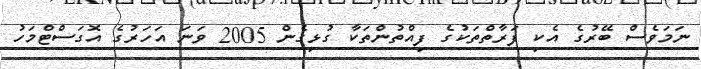
ނަމަވެސް ބޭރުގެ އެކި ފަރާތްތަކުގެ ފިއްތުންތަކާ ގުޅިގެން 2005 ވަނަ އަހަރުގެ އޮގަސްޓްމަހު